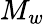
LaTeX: M_{w}